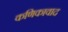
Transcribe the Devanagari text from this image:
कणिकावाद